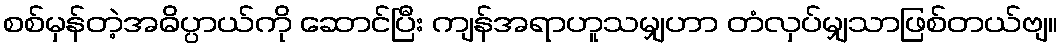
စစ်မှန်တဲ့အဓိပ္ပာယ်ကို ဆောင်ပြီး ကျန်အရာဟူသမျှဟာ တံလှပ်မျှသာဖြစ်တယ်ဗျ။